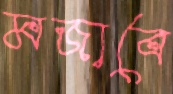
মজাবে